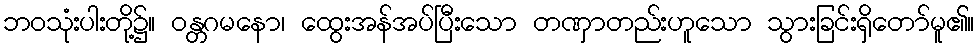
ဘဝသုံးပါးတို့၌။ ဝန္တဂမနော၊ ထွေးအန်အပ်ပြီးသော တဏှာတည်းဟူသော သွားခြင်းရှိတော်မူ၏။